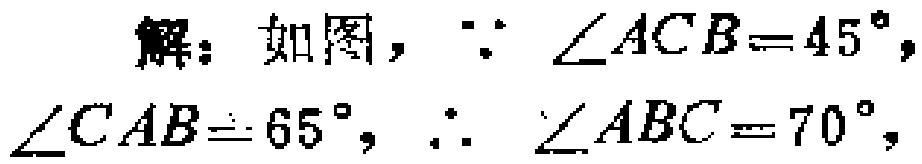
解：如图，$\because \angle ACB = 45^{\circ}, \angle CAB = 65^{\circ}, \therefore \angle ABC = 70^{\circ},$